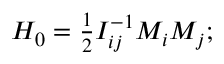
\begin{array} { r } { H _ { 0 } = \frac 1 2 I _ { i j } ^ { - 1 } M _ { i } M _ { j } ; } \end{array}